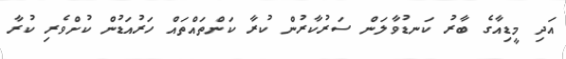
އަދި މީޑިއާގެ ބާރު ކަނޑުވާލަން ސަރުކާރުން ކުރާ ކަންތައްތައް ހަރުއަޑުން ކުށްވެރި ކުރާ